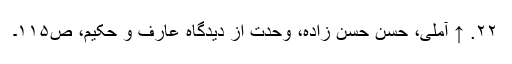
۲۲. ↑ آملی، حسن حسن زادہ، وحدت از دیدگاه عارف و حکیم، ص‌۱۱۵۔